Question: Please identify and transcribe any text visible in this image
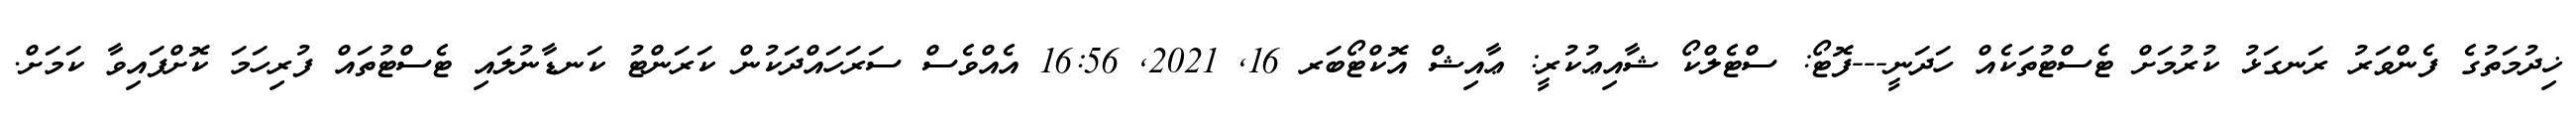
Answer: ޚިދުމަތުގެ ފެންވަރު ރަނގަޅު ކުރުމަށް ޓެސްޓުތަކެއް ހަދަނީ---ފޮޓޯ: ސްޓެލްކޯ ޝާއިޢުކުރީ: ޢާއިޝް އޮކްޓޯބަރ 16, 2021, 16:56 އެއްވެސް ސަރަހައްދަކުން ކަރަންޓު ކަނޑާނުލައި ޓެސްޓުތައް ފުރިހަމަ ކޮށްފައިވާ ކަމަށް.